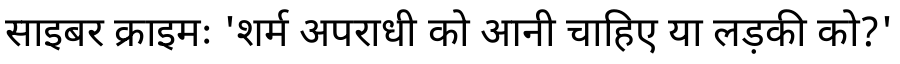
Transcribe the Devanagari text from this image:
साइबर क्राइमः 'शर्म अपराधी को आनी चाहिए या लड़की को?'